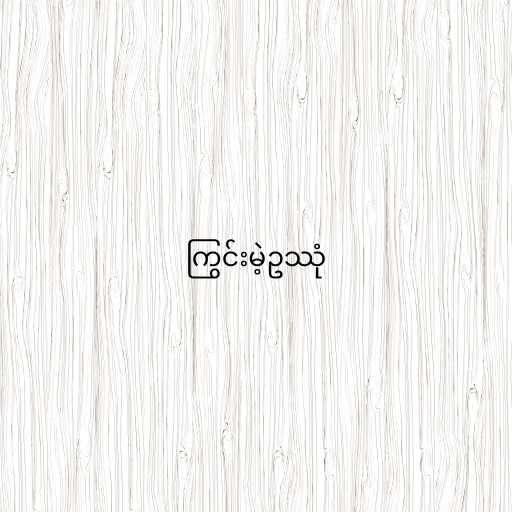
ကြွင်းမဲ့ဥဿုံ